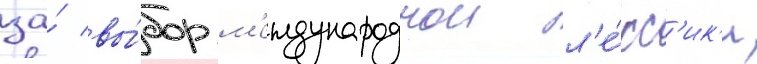
за́ вы́бор м'еждународнои л'е́кс'ик'и